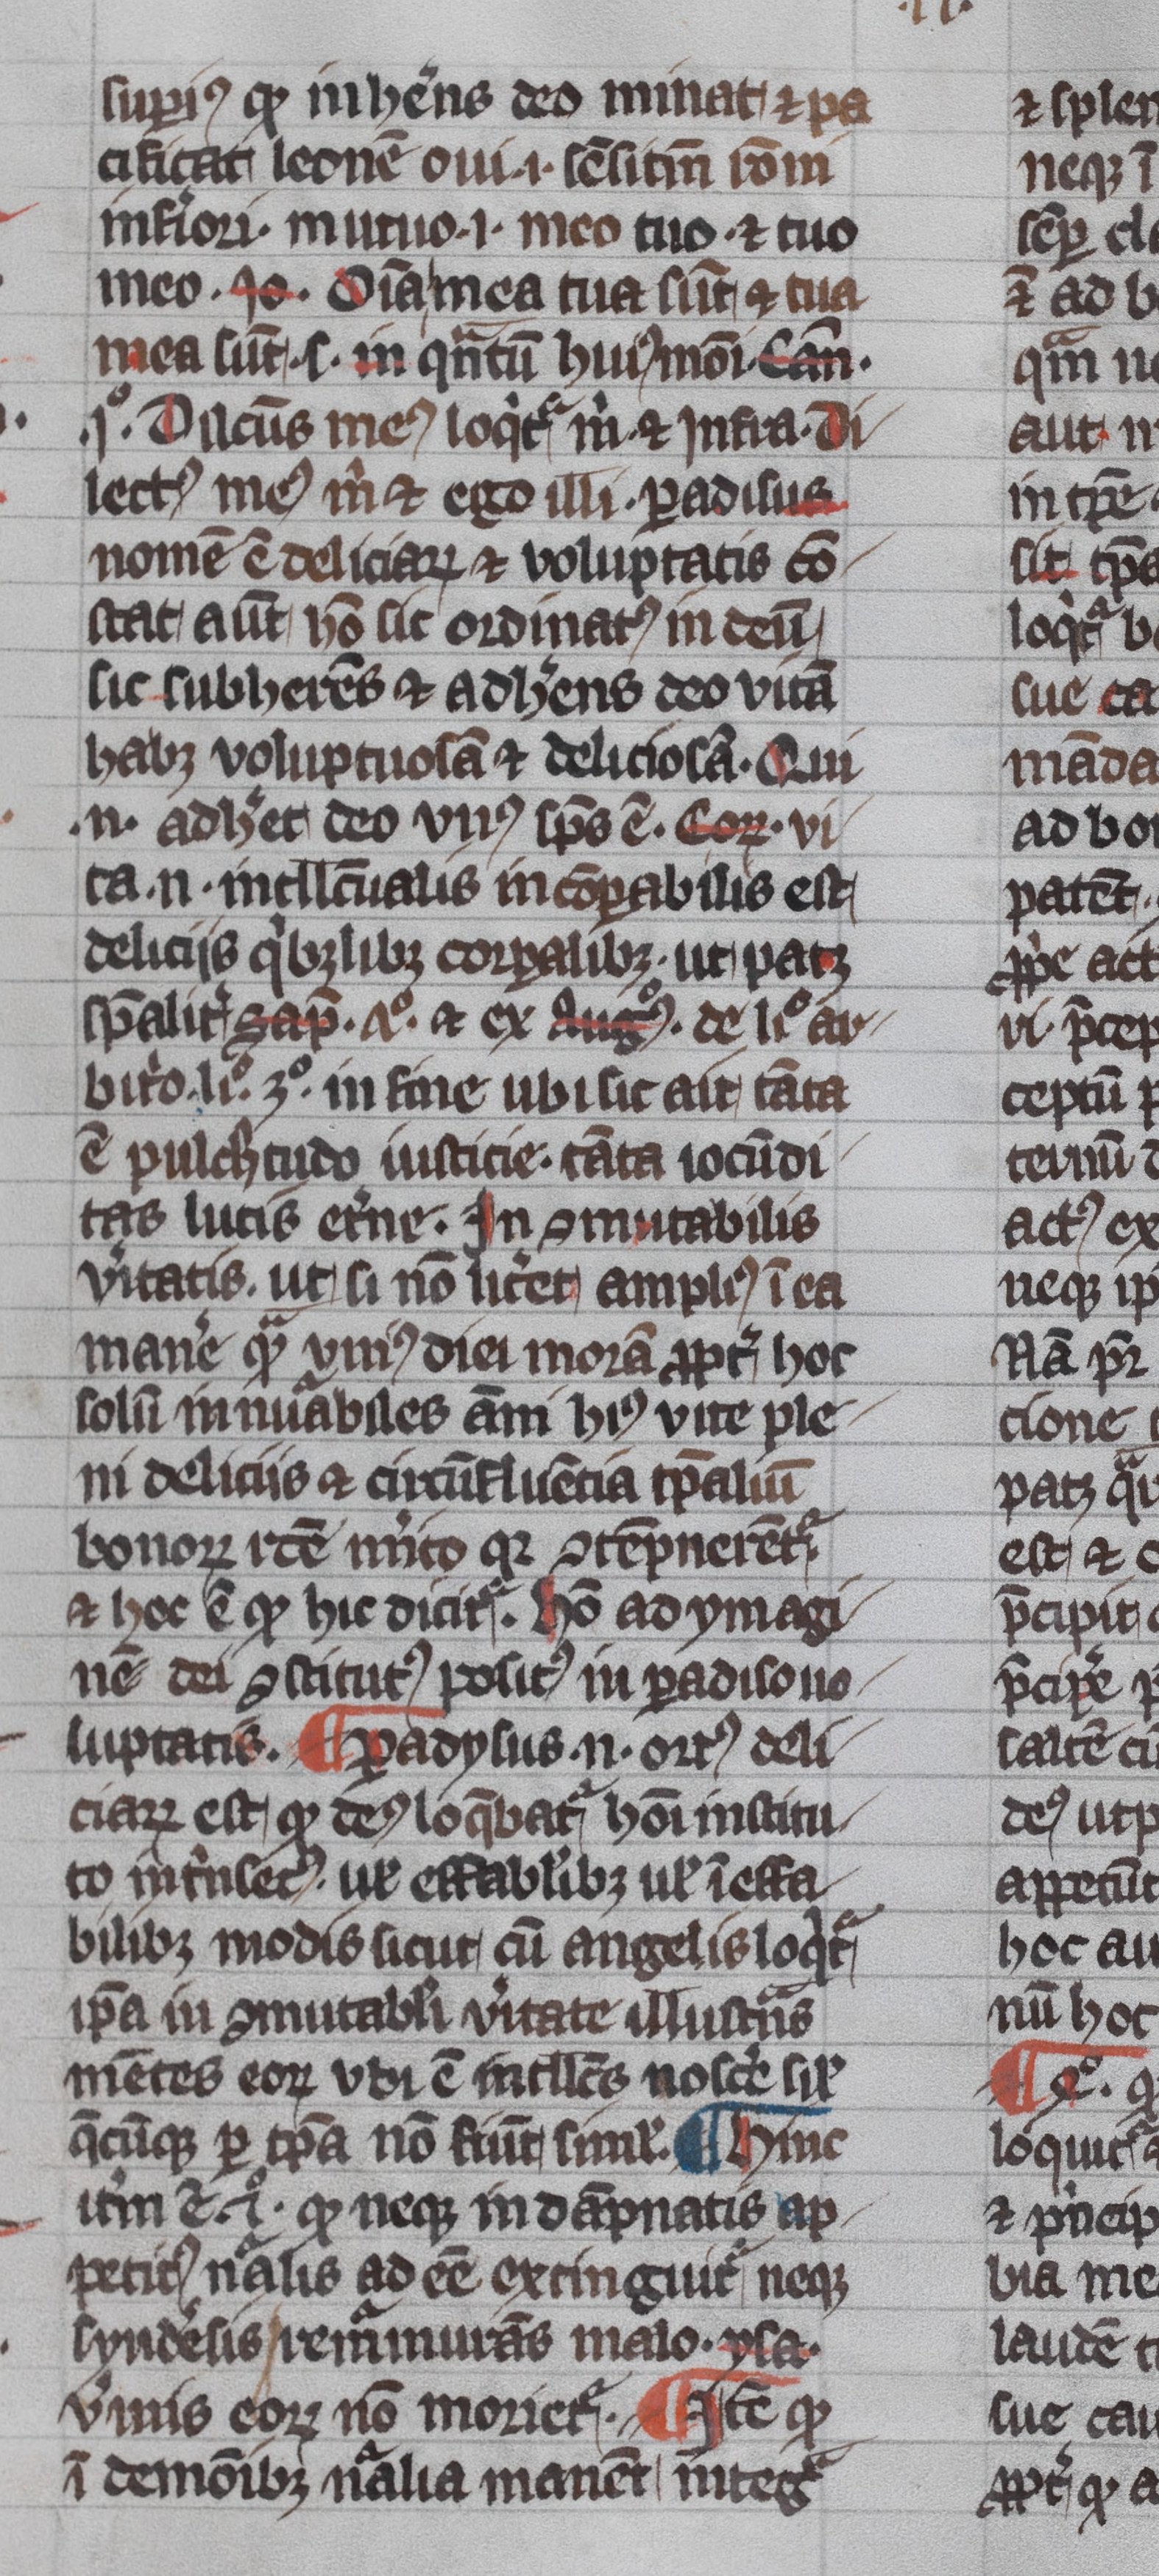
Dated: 1345–1355